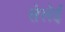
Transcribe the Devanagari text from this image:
सेलेई